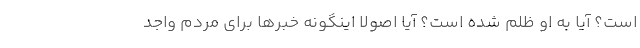
است؟ آیا به او ظلم شده است؟ آیا اصولاً اینگونه خبرها برای مردم واجد